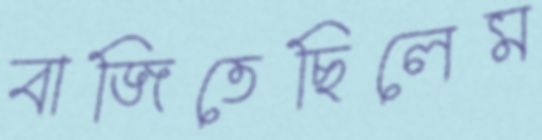
বাজিতেছিলেম